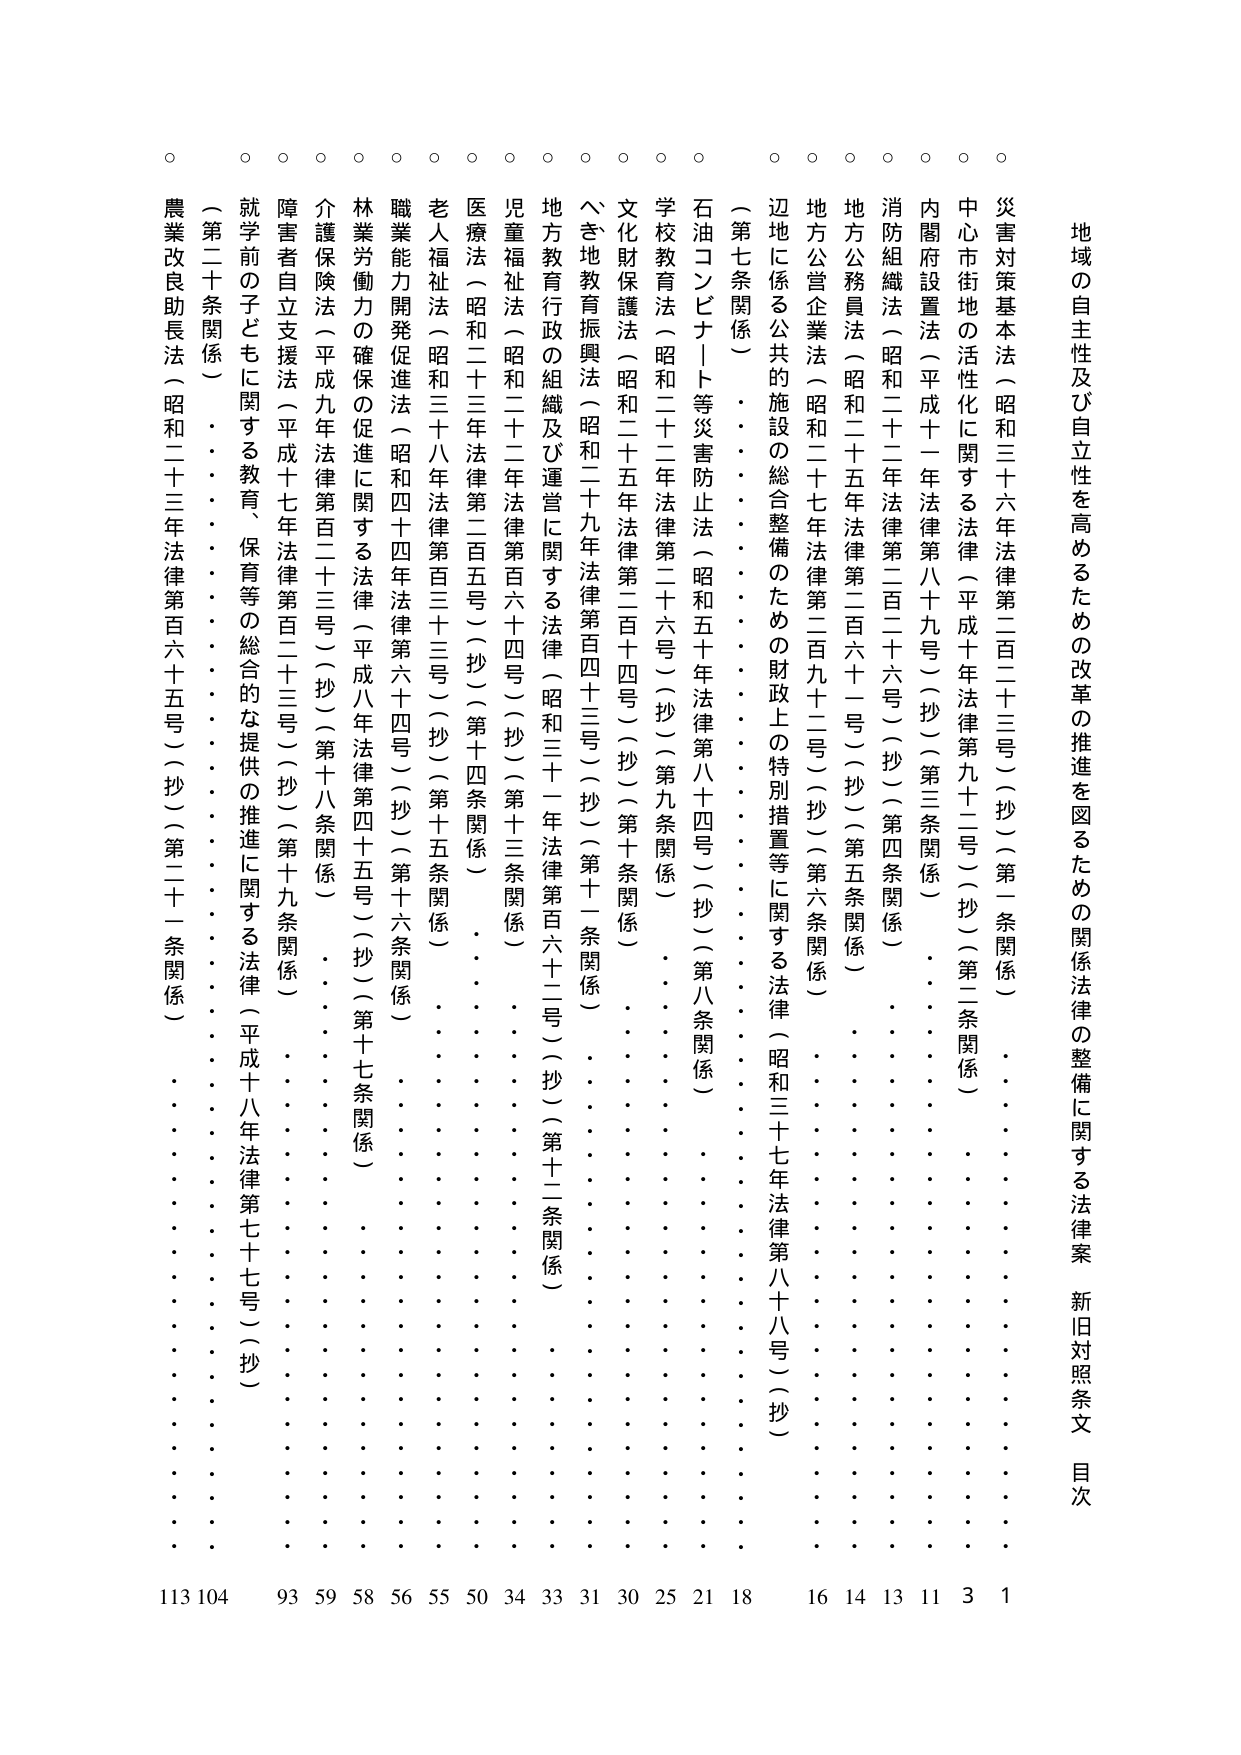
地域の自主性及び自立性を高めるための改革の推進を図るための関係法律の整備に関する法律案 新旧対照条文 目次

災害対策基本法（昭和三十六年法律第二百二十三号）（抄）（第一条関係） 1
中心市街地の活性化に関する法律（平成十年法律第九十二号）（抄）（第二条関係） 3
内閣府設置法（平成十一年法律第八十九号）（抄）（第三条関係） 11
消防組織法（昭和二十二年法律第二百二十六号）（抄）（第四条関係） 13
地方公務員法（昭和二十五年法律第二百六十一号）（抄）（第五条関係） 14
地方公営企業法（昭和二十七年法律第二百九十二号）（抄）（第六条関係） 16
辺地に係る公共の施設の総合整備のための財政上の特別措置等に関する法律（昭和三十七年法律第八十八号）（抄） 18
（第七条関係） 21
石油コンビナート等災害防止法（昭和五十年法律第八十四号）（抄）（第八条関係） 25
学校教育法（昭和二十二年法律第二十六号）（抄）（第九条関係） 30
文化財保護法（昭和二十五年法律第二百二十四号）（抄）（第十条関係） 31
へき地教育振興法（昭和二十九年法律第百四十三号）（抄）（第十一条関係） 33
地方教育行政の組織及び運営に関する法律（昭和三十一年法律第百六十二号）（抄）（第十二条関係） 34
児童福祉法（昭和二十二年法律第百六十四号）（抄）（第十三条関係） 50
医療法（昭和二十三年法律第二百五号）（抄）（第十四条関係） 55
老人福祉法（昭和三十八年法律第百三十三号）（抄）（第十五条関係） 56
職業能力開発促進法（昭和四十四年法律第六十四号）（抄）（第十六条関係） 58
林業労働力の確保の促進に関する法律（平成八年法律第四十五号）（抄）（第十七条関係） 59
介護保険法（平成九年法律第百二十三号）（抄）（第十八条関係） 93
障害者自立支援法（平成十七年法律第百二十三号）（抄）（第十九条関係） 104
就学前の子どもに関する教育、保育等の総合的な提供の推進に関する法律（平成十八年法律第七十七号）（抄） 113
（第二十条関係） 113
農業改良助長法（昭和二十三年法律第百六十五号）（抄）（第二十一条関係） 113